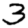
Digit: 3